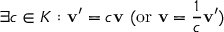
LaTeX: \exists c \in K : \mathbf { v } ^ { \prime } = c \mathbf { v } { \mathrm { ~ ( o r ~ } } \mathbf { v } = { \frac { 1 } { c } } \mathbf { v } ^ { \prime } { \mathrm { ) } }